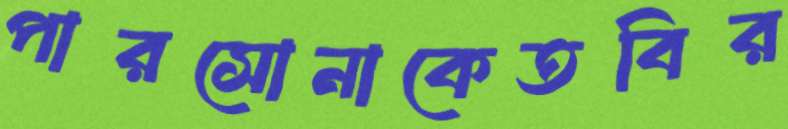
পারসোনাকেতবির